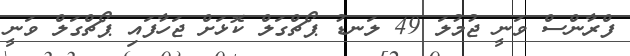
ފްރާންސް ވަނީ ޖުމުލަ 49 ލަނޑު ޕޯޗްގަލް ކޮޅަށް ޖަހާފައި ޕޯޗްގަލް ވަނީ